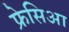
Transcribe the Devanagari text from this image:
फ्रेसिआ